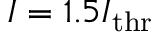
I = 1 . 5 I _ { \mathrm { t h r } }